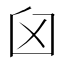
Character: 𦥓